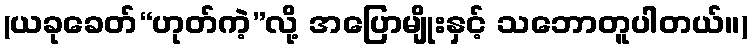
(ယခုခေတ်“ဟုတ်ကဲ့”လို့ အပြောမျိုးနှင့် သဘောတူပါတယ်။)